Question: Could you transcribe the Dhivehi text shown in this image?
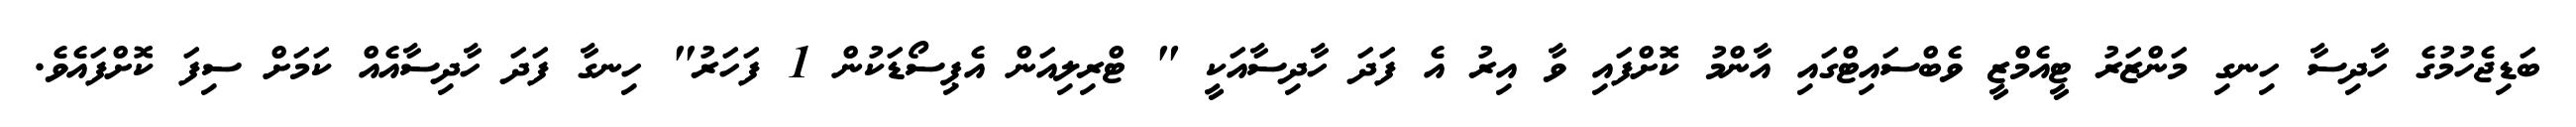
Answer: ބަޑިޖެހުމުގެ ހާދިސާ ހިނގި މަންޒަރު ޓީއެމްޒީ ވެބްސައިޓްގައި އާންމު ކޮށްފައި ވާ އިރު އެ ފަދަ ހާދިސާއަކީ " ޓްރިލިއަން އެޕިސޯޑަކުން 1 ފަހަރު" ހިނގާ ފަދަ ހާދިސާއެއް ކަމަށް ސިފަ ކޮށްފައެވެ.